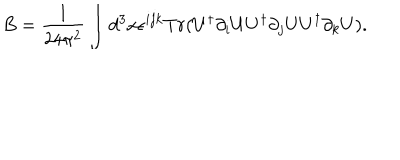
B = \frac { 1 } { 2 4 \pi ^ { 2 } } \int d ^ { 3 } x \epsilon ^ { i j k } T r ( U ^ { \dagger } \partial _ { i } U U ^ { \dagger } \partial _ { j } U U ^ { \dagger } \partial _ { k } U ) .